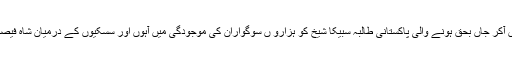
23 مئی2018ء) امریکہ میں فائرنگ کی زد میں آکر جاں بحق ہونے والی پاکستانی طالبہ سبیکا شیخ کو ہزارو ں سوگواران کی موجودگی میں آہوں اور سسکیوں کے درمیان شاہ فیصل کالونی کے قبرستان میں سپرد خاک کردیا گیا ۔